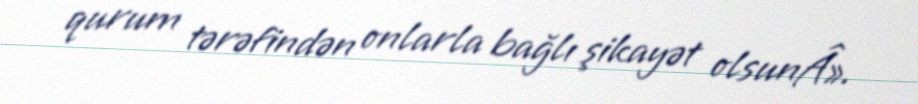
qurum tərəfindən onlarla bağlı şikayət olsunÂ».